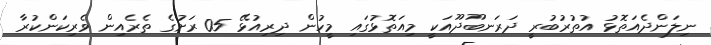
ނިލަންދެއަތޮޅު އުތުރުބުރީ ދަރަނބޫދޫއަކީ މިއަތޮޅުގައި މީހުން ދިރިއުޅޭ 05 ރަށުގެ ތެރެއިން ވެރިކަންކުރާ